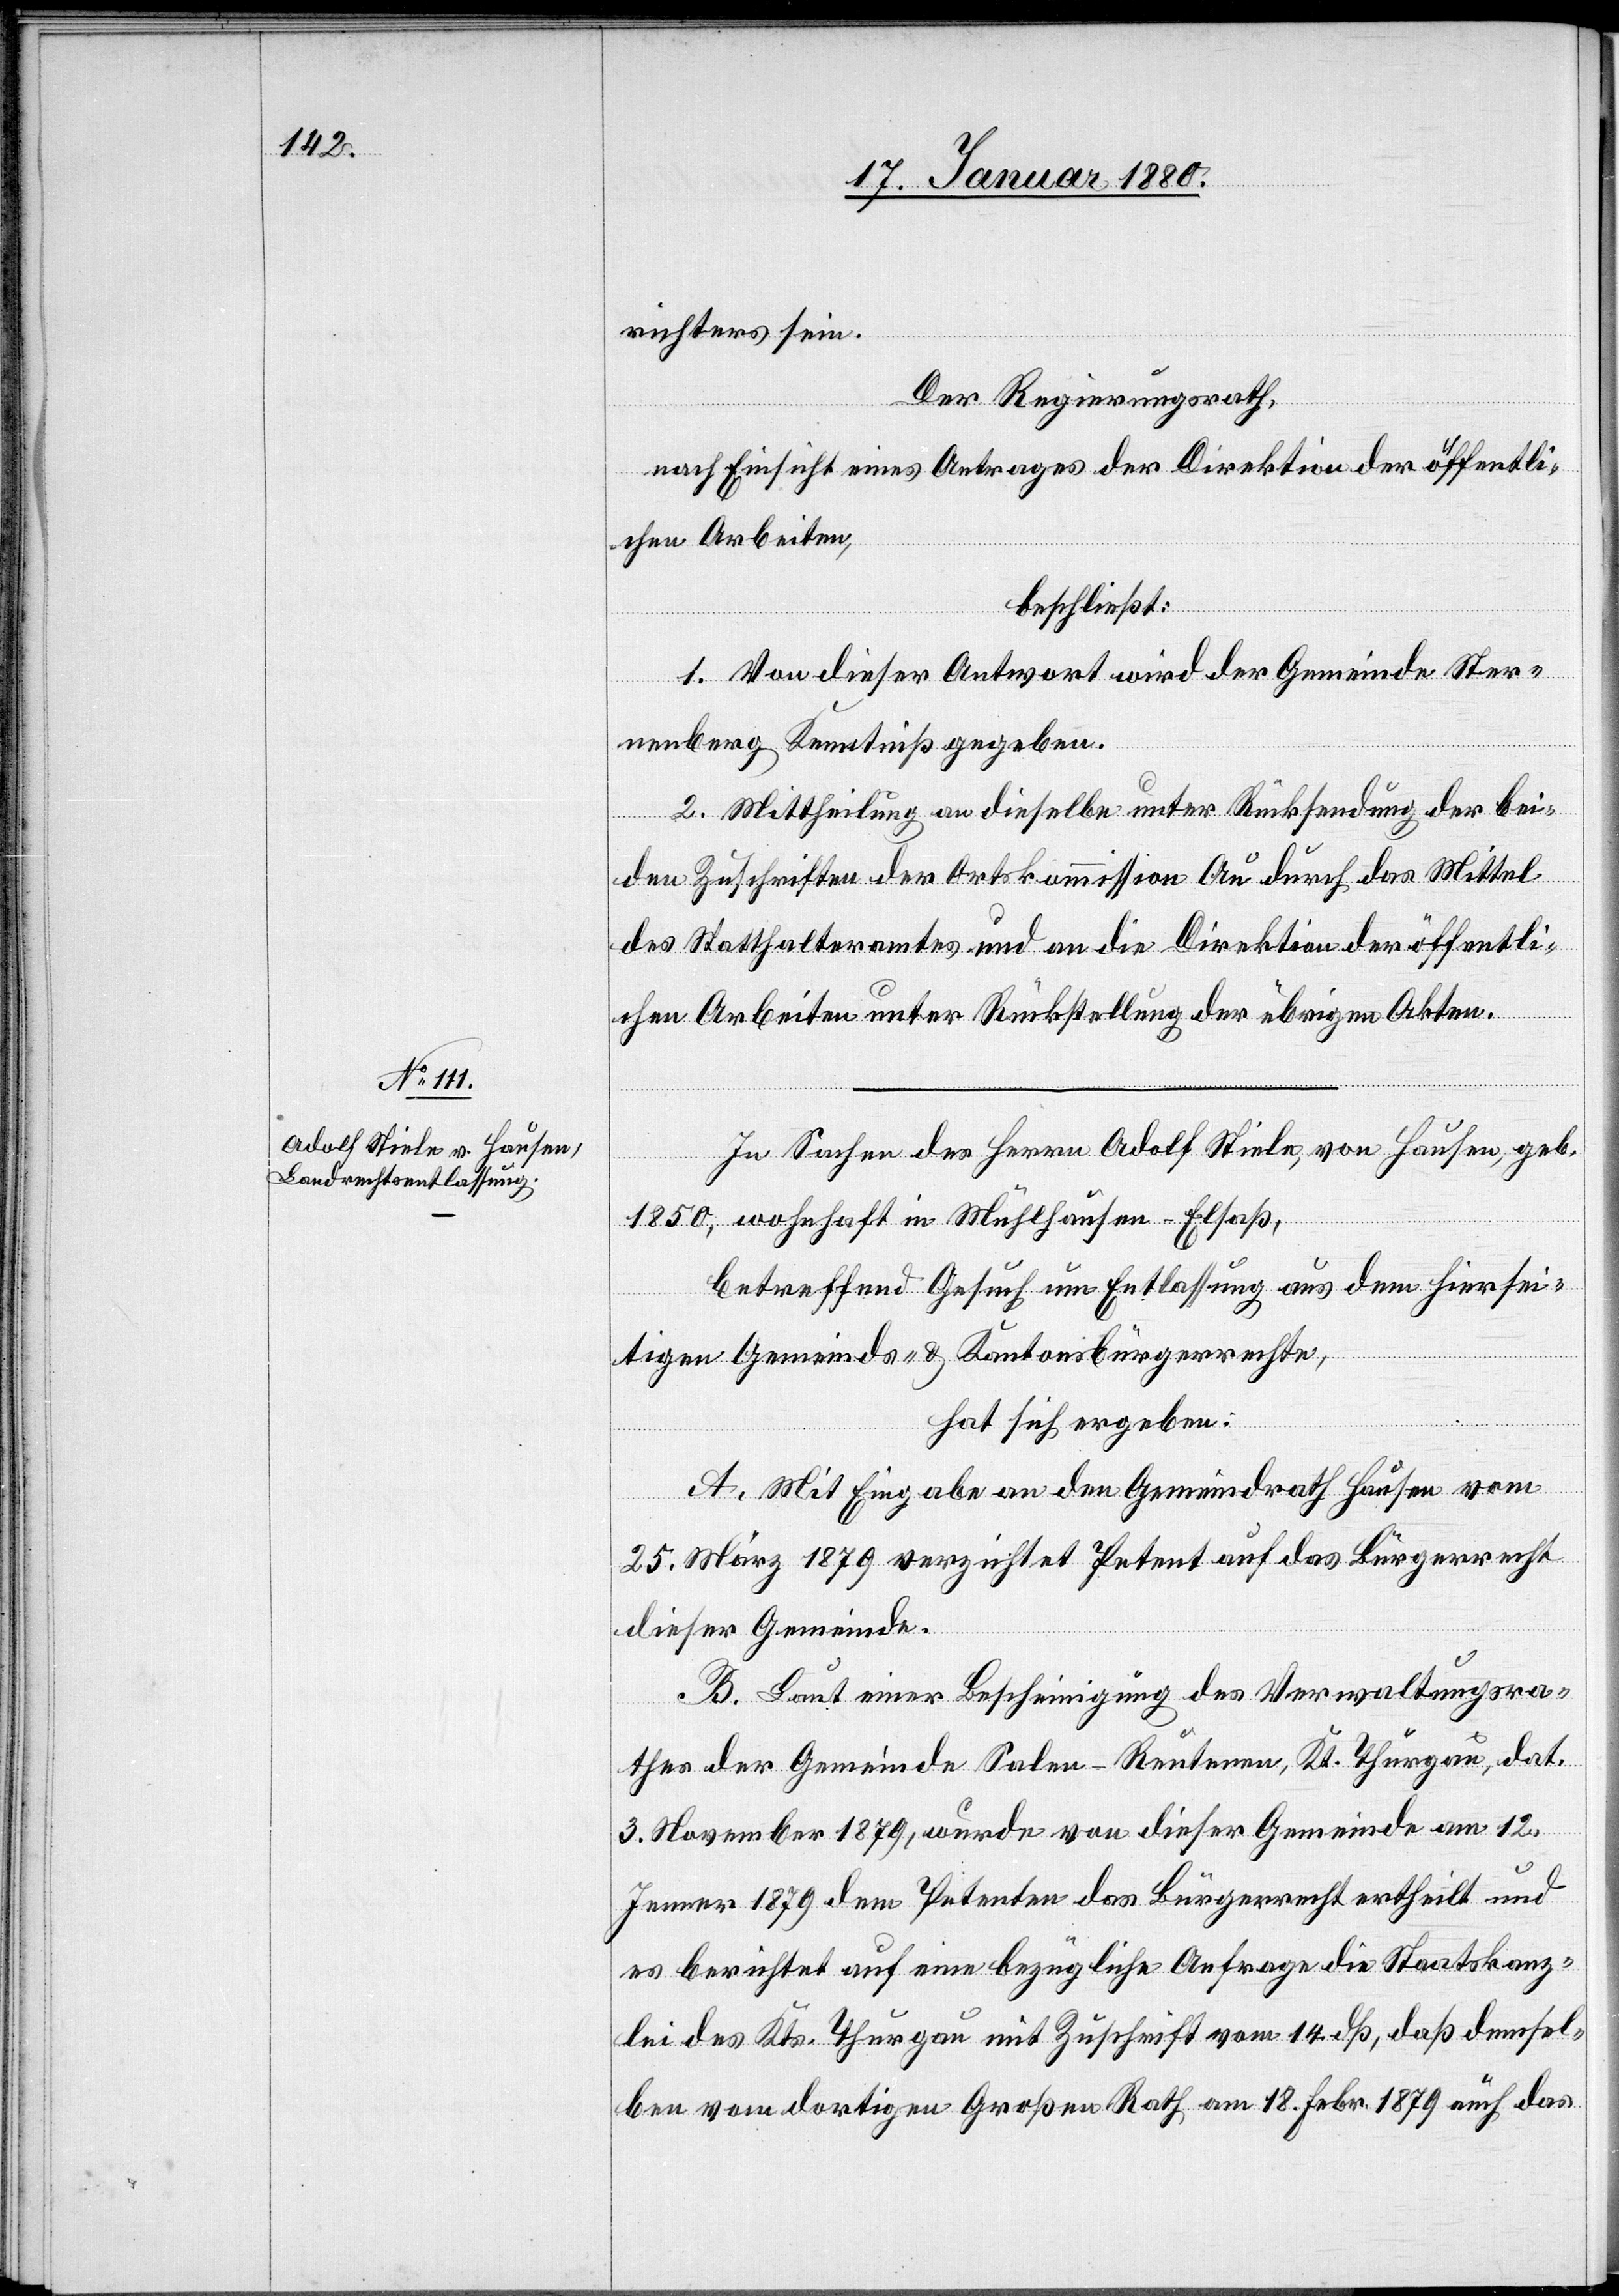
richters sein.
Der Regierungsrath,
nach Einsicht eines Antrages der Direktion der öffentli¬
chen Arbeiten,
beschließt:
1. Von dieser Antwort wird der Gemeinde Ster¬
nenberg Kenntniß gegeben.
2. Mittheilung an dieselbe unter Rücksendung der bei¬
den Zuschriften der Ortskommission Auf durch das Mittel
des Statthalteramtes und an die Direktion der öffentli¬
chen Arbeiten unter Rückstellung der übrigen Akten.
In Sachen des Herrn Adolf Stiele, von Hausen, geb.
1850, wohnhaft in Mühlhausen - Elsaß,
betreffend Gesuch um Entlassung aus dem hiersei¬
tigen Gemeinde- & Kantonsbürgerrechte,
hat sich ergeben:
A. Mit Eingabe an den Gemeindrath Hausen vom
25. März 1879 verzichtet Petent auf das Bürgerrecht
dieser Gemeinde.
B. Laut einer Bescheinigung des Verwaltungsra¬
thes der Gemeinde Salen-Reutenen, Kt. Thurgau, dat.
3. November 1879, wurde von dieser Gemeinde am 12.
Jenner 1879 dem Petenten das Bürgerrecht ertheilt und
es berichtet auf eine bezügliche Anfrage die Staatskanz¬
lei des Kts. Thurgau mit Zuschrift vom 14. dß., daß demsel¬
ben vom dortigen Großen Rath am 18. Febr. 1879 auch das